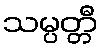
သမ္ပတ္တီ